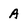
Character: A